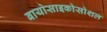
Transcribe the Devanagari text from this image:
बायोसाइकोसोशल